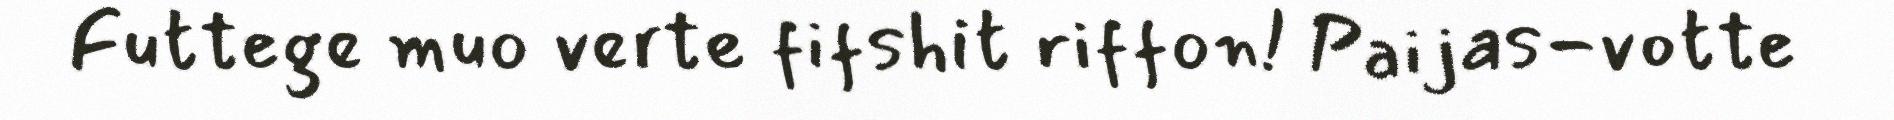
Futtege muo verte fifshit riffon! Paijas-votte